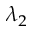
\lambda _ { 2 }